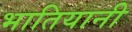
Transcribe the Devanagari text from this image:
भातियानी